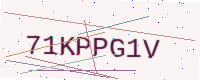
Text: 71KPPG1V